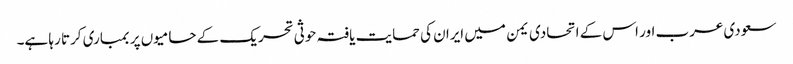
سعودی عرب اور اس کے اتحادی یمن میں ایران کی حمایت یافتہ حوثی تحریک کے حامیوں پر بمباری کرتا رہا ہے۔